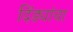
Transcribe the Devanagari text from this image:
दिंड्यांचा